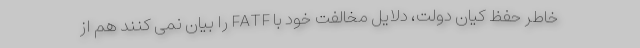
خاطر حفظ کیان دولت، دلایل مخالفت خود با FATF را بیان نمی کنند هم از